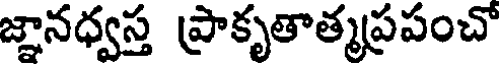
జ్ఞానధ్వస్త ప్రాకృతాత్మప్రపంచో